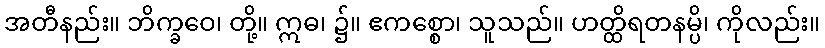
အတီနည်း။ ဘိက္ခဝေ၊ တို့။ ဣဓ၊ ၌။ ဧကစ္စော၊ သူသည်။ ဟတ္ထိရတနမ္ပိ၊ ကိုလည်း။